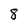
Character: 8